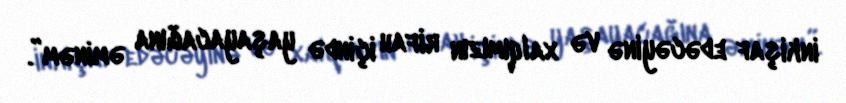
inkişaf edəcəyinə və xalqımızın rifah içində yaşayacağına əminəm”.